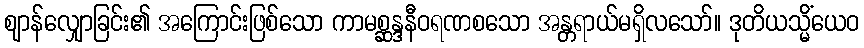
ဈာန်လျှောခြင်း၏ အကြောင်းဖြစ်သော ကာမစ္ဆန္ဒနီဝရဏစသော အန္တရာယ်မရှိလသော်။ ဒုတိယသ္မိံယေဝ